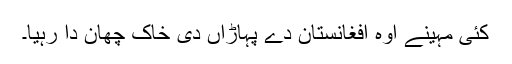
کئی مہینے اوہ افغانستان دے پہاڑاں دی خاک چھان دا رہیا۔